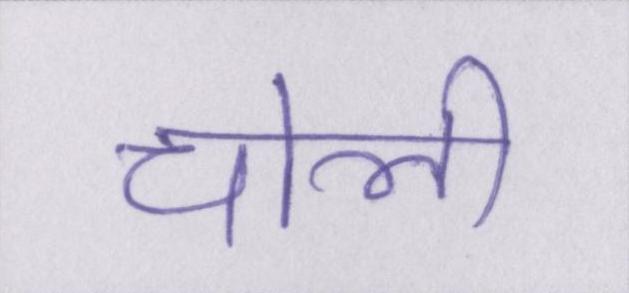
चोली